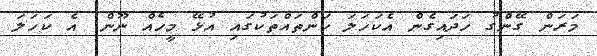
މަރަން ގޭންގު ހަދައިގެން އެކަހަލަ ކަންތައްތަކުގައި އުޅޭ މީހެއް ނޫން. އެ ކަހަލަ